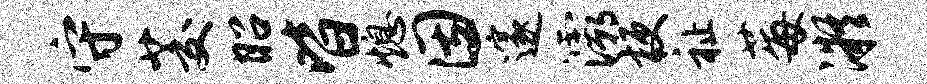
守茭昭皆熄因邃灞梗祉莓凝